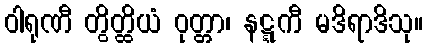
ဝါရုဏီ တွိတ္ထိယံ ဝုတ္တာ၊ နဋ္ဋကီ မဒိရာဒိသု။